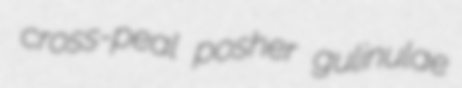
cross-peal posher gulinulae